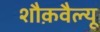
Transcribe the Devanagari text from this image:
शौक़वैल्यू